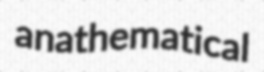
anathematical